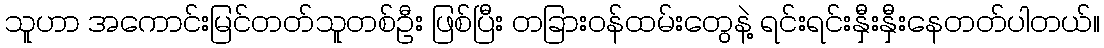
သူဟာ အကောင်းမြင်တတ်သူတစ်ဦး ဖြစ်ပြီး တခြားဝန်ထမ်းတွေနဲ့ ရင်းရင်းနှီးနှီးနေတတ်ပါတယ်။